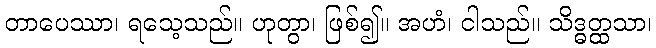
တာပေဿာ၊ ရသေ့သည်။ ဟုတွာ၊ ဖြစ်၍။ အဟံ၊ ငါသည်။ သိဒ္ဓတ္ထသာ၊